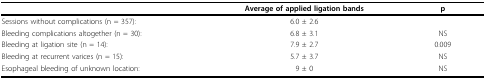
|  | Average of applied ligation bands | p |
 | --- | --- | --- |
 | Sessions without complications (n = 357): | 6.0 ± 2.6 |  |
 | Bleeding complications altogether (n = 30): | 6.8 ± 3.1 | NS |
 | Bleeding at ligation site (n = 14): | 7.9 ± 2.7 | 0.009 |
 | Bleeding at recurrent varices (n = 15): | 5.7 ± 3.7 | NS |
 | Esophageal bleeding of unknown location: | 9 ± 0 | NS |